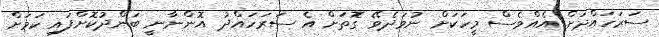
ސަރަހައްދަށް އެއްވެސް މީހަކަށް ނުވަދެވޭ ގޮތަށް އެ ސަރަހައްދު އޮންނާނީ ބަންދުކޮށްފައި ކަމަށް